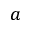
a